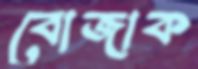
বোজাক